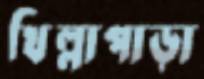
খিল্লাপাড়া